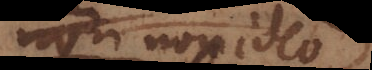
tamen non ideo